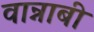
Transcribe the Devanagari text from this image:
वान्नाबी